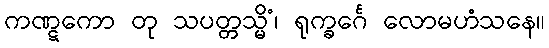
ကဏ္ဋကော တု သပတ္တသ္မိံ၊ ရုက္ခင်္ဂေ လောမဟံသနေ။